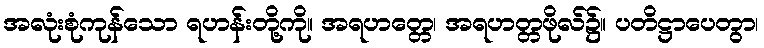
အလုံးစုံကုန်သော ရဟန်းတို့ကို။ အရဟတ္တေ၊ အရဟတ္တဖိုလ်၌။ ပတိဋ္ဌာပေတွာ၊